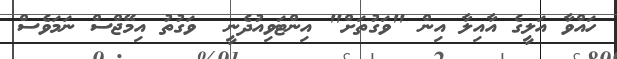
ހައްވާ އަލީގެ އާއިލާ އިން "ވަގުތަށް" އިންޓަވިއުދެނީ  ވަގުތު އިމޭޖްސް ނަމަވެސް